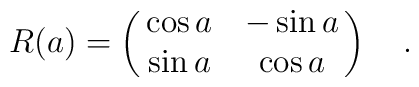
R(a) = \pmatrix{ \cos a & -\sin a \cr                 \sin a & \cos a}\quad.